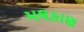
મલકાણ